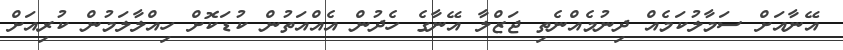
އޭނާއަށް ސަމާލުކަމެއް ދިނުމެއްނެތި ޖަޒްލާ އޭނާގެ ހެދުން އެއްއަތުން ކުޑަކޮށް ހިއްލާލަމުން ކުރިއަށް